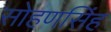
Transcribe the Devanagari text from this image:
सोहणसिंह